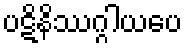
ပဋိနိဿဂ္ဂါယပေ